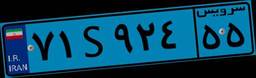
۷۱S۹۲۴۵۵